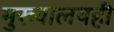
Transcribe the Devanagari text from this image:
मुख्यालयही